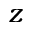
z